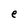
Character: e